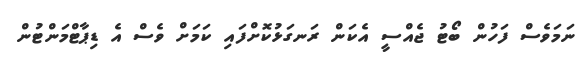
ނަމަވެސް ފަހުން ބޯޓު ޖެއްސީ އެކަން ރަނގަޅުކޮށްފައި ކަމަށް ވެސް އެ ޑިޕާޓްމަންޓުން